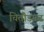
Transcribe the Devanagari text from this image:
चितौडगढ